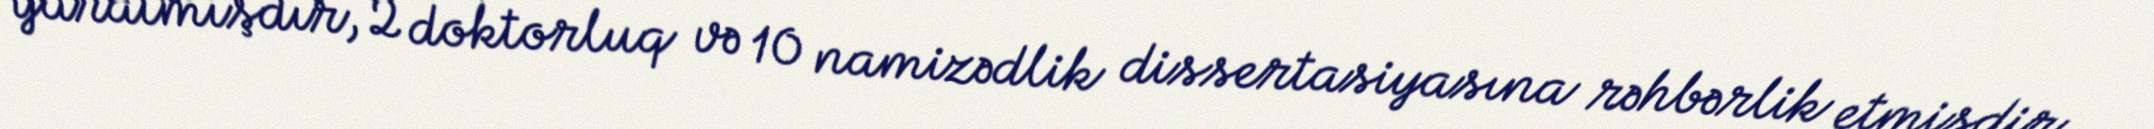
yaratmışdır, 2 doktorluq və 10 namizədlik dissertasiyasına rəhbərlik etmişdir.